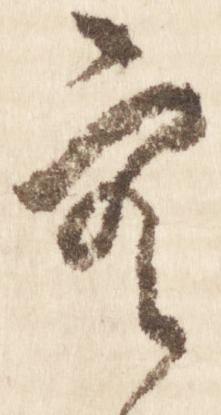
空